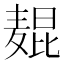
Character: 𬹋